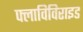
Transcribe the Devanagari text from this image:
फ्लाविविराइड